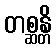
တစ္ဆန္တိ